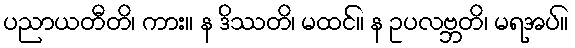
ပညာယတီတိ၊ ကား။ န ဒိဿတိ၊ မထင်။ န ဥပလဗ္ဘတိ၊ မရအပ်။